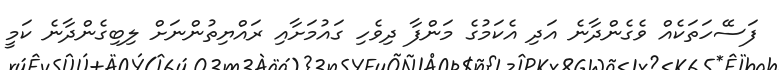
ފަސޭހަތަކެއް ވެގެންދާނެ އަދި އެކަމުގެ މަންފާ ދިވެހި ގައުމަށާއި ރައްޔިތުންނަށް ލިބިގެންދާނެ ކަމީ